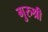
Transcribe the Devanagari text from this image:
गुरुश्री